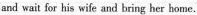
and wait for his wife and bring her home.